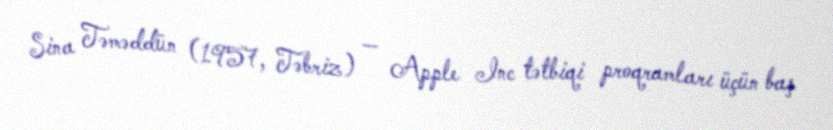
Sina Təməddün (1957, Təbriz) — Apple Inc tətbiqi proqramları üçün baş